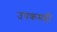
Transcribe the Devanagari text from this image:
उपक्रमहीे